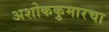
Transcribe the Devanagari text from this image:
अशोककुमारचा